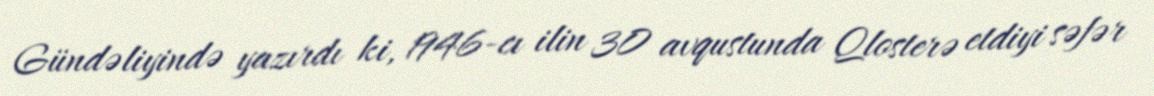
Gündəliyində yazırdı ki, 1946-cı ilin 30 avqustunda Qlosterə etdiyi səfər